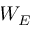
W _ { E }